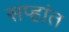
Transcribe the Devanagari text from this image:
सप्हांत